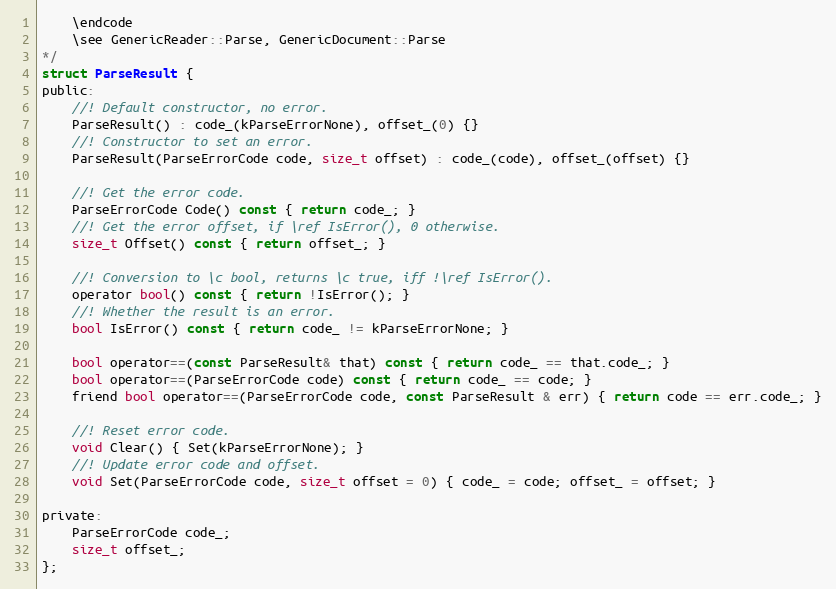
Language: C
    \endcode
    \see GenericReader::Parse, GenericDocument::Parse
*/
struct ParseResult {
public:
    //! Default constructor, no error.
    ParseResult() : code_(kParseErrorNone), offset_(0) {}
    //! Constructor to set an error.
    ParseResult(ParseErrorCode code, size_t offset) : code_(code), offset_(offset) {}

    //! Get the error code.
    ParseErrorCode Code() const { return code_; }
    //! Get the error offset, if \ref IsError(), 0 otherwise.
    size_t Offset() const { return offset_; }

    //! Conversion to \c bool, returns \c true, iff !\ref IsError().
    operator bool() const { return !IsError(); }
    //! Whether the result is an error.
    bool IsError() const { return code_ != kParseErrorNone; }

    bool operator==(const ParseResult& that) const { return code_ == that.code_; }
    bool operator==(ParseErrorCode code) const { return code_ == code; }
    friend bool operator==(ParseErrorCode code, const ParseResult & err) { return code == err.code_; }

    //! Reset error code.
    void Clear() { Set(kParseErrorNone); }
    //! Update error code and offset.
    void Set(ParseErrorCode code, size_t offset = 0) { code_ = code; offset_ = offset; }

private:
    ParseErrorCode code_;
    size_t offset_;
};